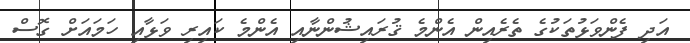
އަދި ފެންވަޅުތަކުގެ ތެރެއިން އެންމެ ޤުރައިޝުންނާއި އެންމެ ކައިރި ވަޅާއި ހަމައަށް ގޮސް